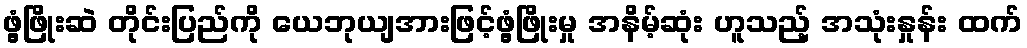
ဖွံ့ဖြိုးဆဲ တိုင်းပြည်ကို ယေဘုယျအားဖြင့်ဖွံ့ဖြိုးမှု အနိမ့်ဆုံး ဟူသည့် အသုံးနှုန်း ထက်